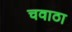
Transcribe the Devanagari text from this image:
चवाठा